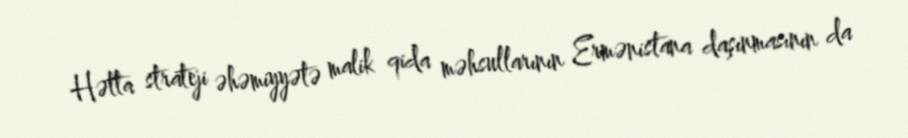
Hətta strateji əhəmiyyətə malik qida məhsullarının Ermənistana daşınmasının da